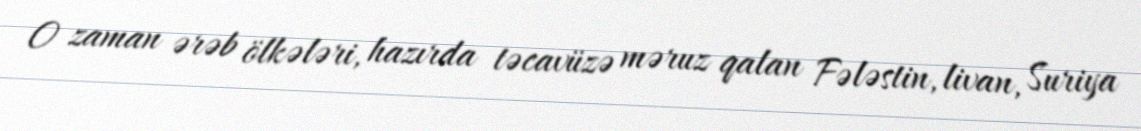
O zaman ərəb ölkələri, hazırda təcavüzə məruz qalan Fələstin, livan, Suriya